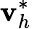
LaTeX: \mathbf v_{h}^{*}